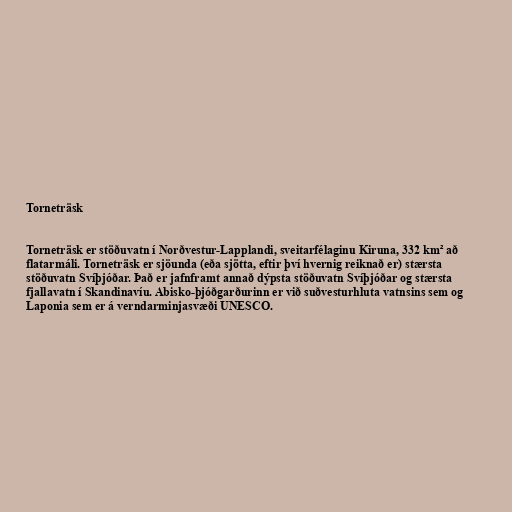
Torneträsk

Torneträsk er stöðuvatn í Norðvestur-Lapplandi, sveitarfélaginu Kiruna, 332 km² að
flatarmáli. Torneträsk er sjöunda (eða sjötta, eftir því hvernig reiknað er) stærsta
stöðuvatn Svíþjóðar. Það er jafnframt annað dýpsta stöðuvatn Svíþjóðar og stærsta
fjallavatn í Skandinavíu. Abisko-þjóðgarðurinn er við suðvesturhluta vatnsins sem og
Laponia sem er á verndarminjasvæði UNESCO.